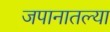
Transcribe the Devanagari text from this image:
जपानातल्या